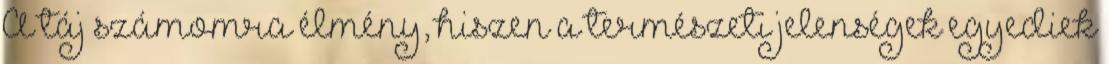
A táj számomra élmény, hiszen a természeti jelenségek egyediek